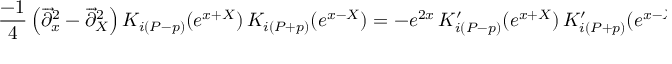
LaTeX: \frac { - 1 } { 4 } \left( \overrightarrow { \partial } _ { x } ^ { 2 } - \overrightarrow { \partial } _ { X } ^ { 2 } \right) K _ { i \left( P - p \right) } ( e ^ { x + X } ) \, K _ { i \left( P + p \right) } ( e ^ { x - X } ) = - e ^ { 2 x } \, K _ { i \left( P - p \right) } ^ { \prime } ( e ^ { x + X } ) \, K _ { i \left( P + p \right) } ^ { \prime } ( e ^ { x - X } ) \; ,